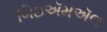
બિઇઍમઍલ